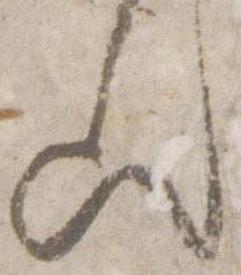
歟